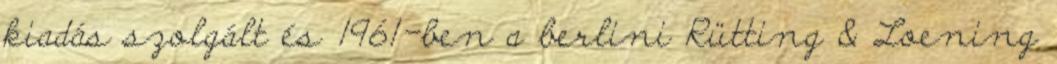
kiadás szolgált és 1961-ben a berlini Rütting & Loening